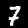
Digit: 7